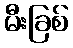
မီးခြစ်